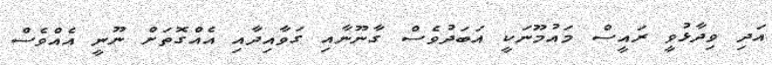
އަދި ވިދާޅުވީ ރައީސް މައުމޫނަކީ އަބަދުވެސް ގާނޫނާއި ގަވާއިދާއި އެއްގޮތަށް ނޫނީ އެއްވެސް